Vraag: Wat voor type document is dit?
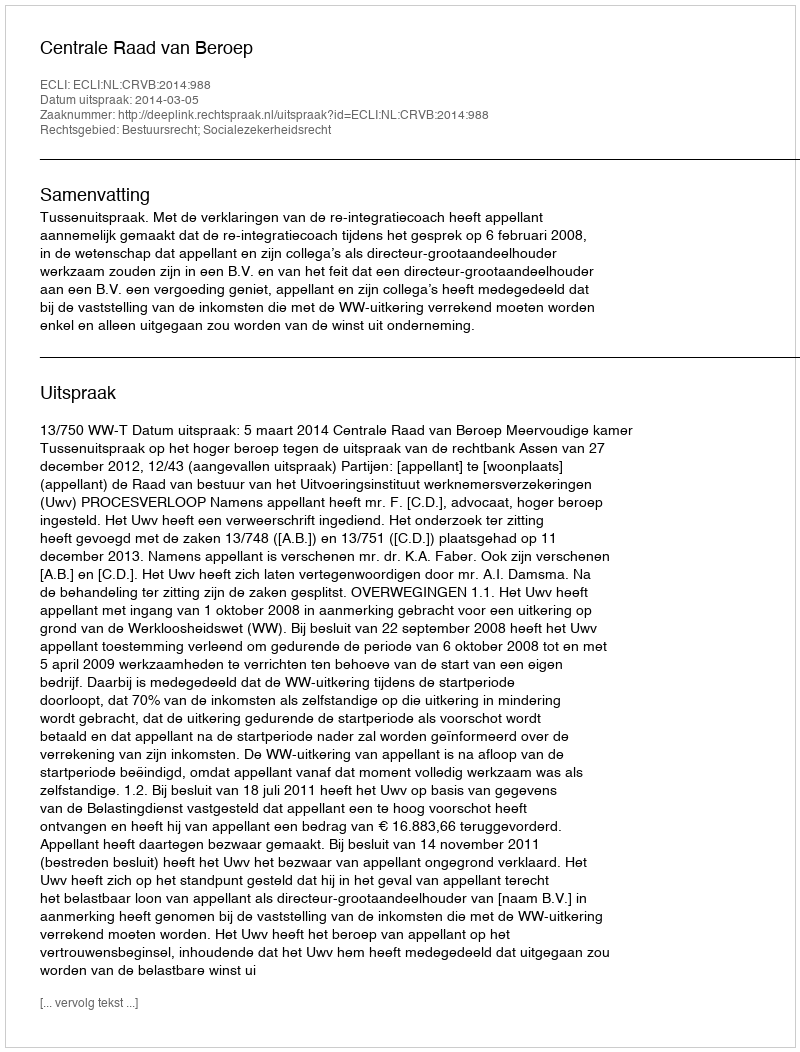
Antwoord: Uitspraak